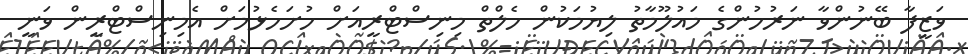
ވަޒީފާ ބޭނުންވާ ނަރުހުންގެ މައުލޫމާތު ލިޔުމަކުން ހެލްތް މިނިސްޓްރީއަށް ހުށަހެޅުމަށް އެމިނިސްޓްރީން ވަނީ